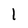
Character: I